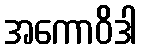
အကောဝိဒါ